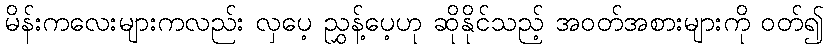
မိန်းကလေးများကလည်း လှပေ့ ညွှန့်ပေ့ဟု ဆိုနိုင်သည့် အဝတ်အစားများကို ဝတ်၍